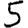
Digit: 5